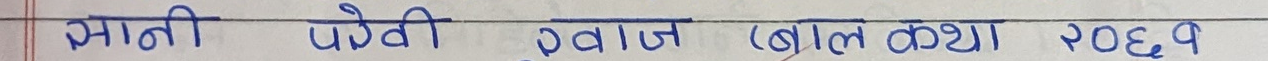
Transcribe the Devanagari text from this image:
अग्नि पहेली स्वान (बाल कथा) २०१७